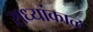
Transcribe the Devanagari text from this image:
सध्यांकाळ